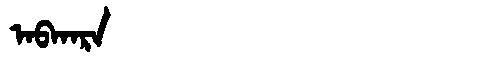
Manchu: ᠠᠪᡴᠠᡵᠠ
Romanization: ABKARA